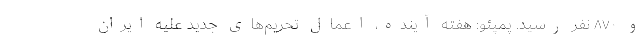
و ۸۷۰ نفر رسید. پمپئو: هفته آینده، اعمال تحریم‌های جدید علیه ایران